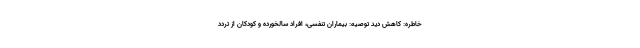
خاطره: کاهش دید توصیه: بیماران تنفسی، افراد سالخورده و کودکان از تردد